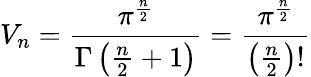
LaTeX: V_{n}={\frac{\pi^{\frac{n}{2}}}{\Gamma\left({\frac{n}{2}}+1\right)}}={\frac{\pi^{\frac{n}{2}}}{\left({\frac{n}{2}}\right)!}}